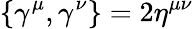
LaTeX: \{ \gamma^{\mu},\gamma^{\nu}\} =2\eta^{\mu\nu}